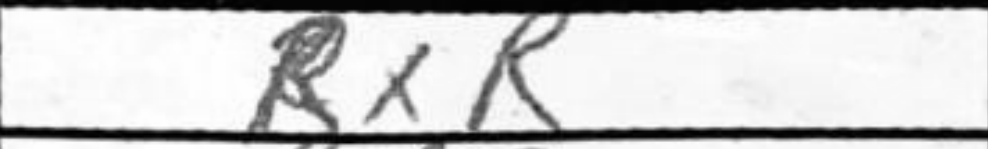
Transcription: RxR